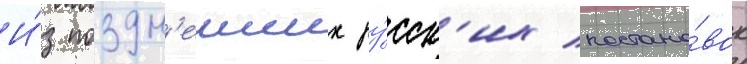
И́з поздн'еиших ру́сск'их постано́вок